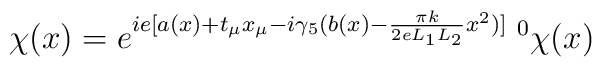
\chi(x)=e^{ie[a(x)+t_{\mu} x_{\mu}-i\gamma_5(b(x)-\frac{\pi k}{2eL_1L_2}x^2)]}\;^0\chi(x)